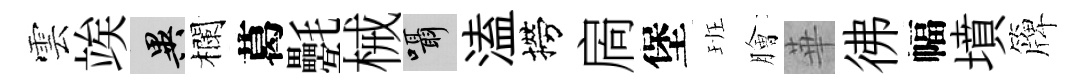
雲竢异欄葛氎械囁溘撈扄堡班膾華彿幅墳簰